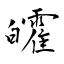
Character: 皬